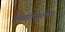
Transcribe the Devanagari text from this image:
भिवंडीसारख्या